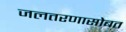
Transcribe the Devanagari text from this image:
जलतरणासोबत